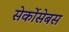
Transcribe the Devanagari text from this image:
सेर्कोसेबस